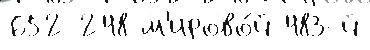
652 248 м'ирово́й 483-й